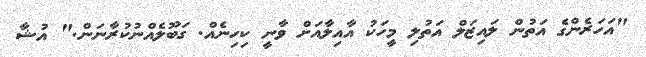
"އަހަރެންގެ އަތުން ލައިޒަލް އަތުލި މީހަކު އާއިލާއަށް ވާނީ ކިހިނެއް. ގަބޫލެއްނުކުރާނަން." އުޝާ